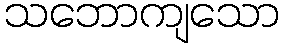
သဘောကျသော